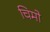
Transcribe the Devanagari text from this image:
चिमो